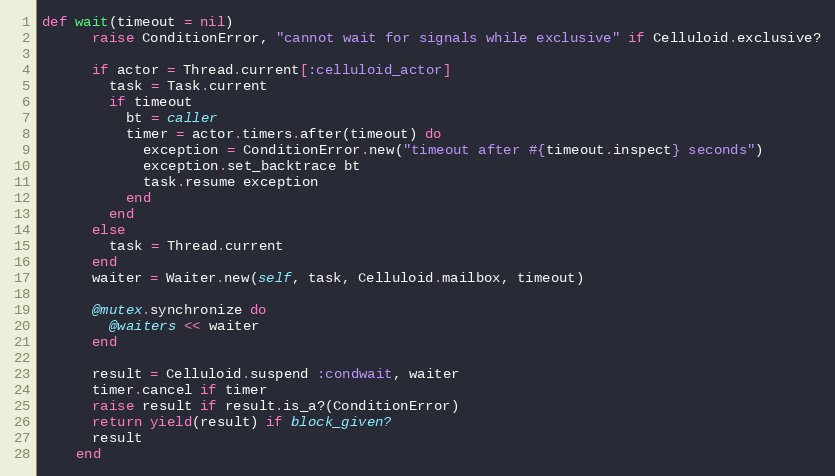
Language: Ruby
def wait(timeout = nil)
      raise ConditionError, "cannot wait for signals while exclusive" if Celluloid.exclusive?

      if actor = Thread.current[:celluloid_actor]
        task = Task.current
        if timeout
          bt = caller
          timer = actor.timers.after(timeout) do
            exception = ConditionError.new("timeout after #{timeout.inspect} seconds")
            exception.set_backtrace bt
            task.resume exception
          end
        end
      else
        task = Thread.current
      end
      waiter = Waiter.new(self, task, Celluloid.mailbox, timeout)

      @mutex.synchronize do
        @waiters << waiter
      end

      result = Celluloid.suspend :condwait, waiter
      timer.cancel if timer
      raise result if result.is_a?(ConditionError)
      return yield(result) if block_given?
      result
    end